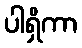
ပါရှိကာ